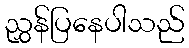
ညွှန်ပြနေပါသည်